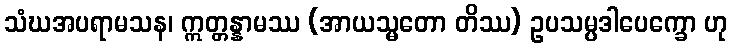
သံဃအပရာမသန၊ ဣတ္တန္နာမဿ (အာယသ္မတော တိဿ) ဥပသမ္ပဒါပေက္ခော ဟု